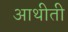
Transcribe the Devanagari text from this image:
आथीती